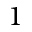
1